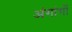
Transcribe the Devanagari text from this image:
अंगांगों